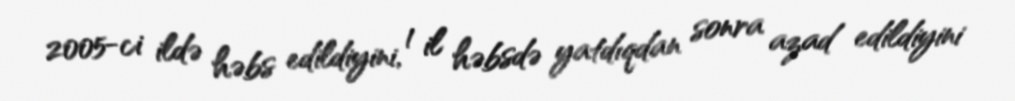
2005-ci ildə həbs edildiyini, 1 il həbsdə yatdıqdan sonra azad edildiyini